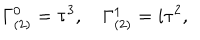
LaTeX: \Gamma _ { ( 2 ) } ^ { 0 } = \tau ^ { 3 } , \quad \Gamma _ { ( 2 ) } ^ { 1 } = i \tau ^ { 2 } ,